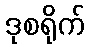
ဒုစရိုက်